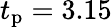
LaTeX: t_{\mathrm{p}}=3.15